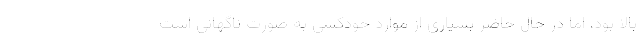
بالا بود، اما در حال حاضر بسیاری از موارد خودکشی به صورت ناگهانی است